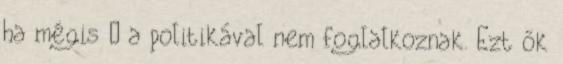
ha mégis – a po­litikával nem foglalkoznak. Ezt ők